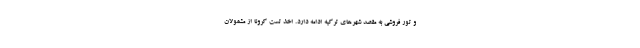
و تور فروشی به مقصد شهرهای ترکیه ادامه دارد. اخذ تست کرونا از مشمولان